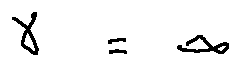
\gamma = \infty